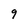
Character: 9